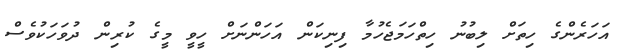
އަހަރެންގެ ހިތަށް ލިބުނު ހިތްހަމަޖެހުމާ ފިނިކަން އަހަންނަށް ހީވީ މީގެ ކުރިން ދުވަހަކުވެސް